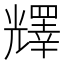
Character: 𠓋